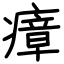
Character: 瘴